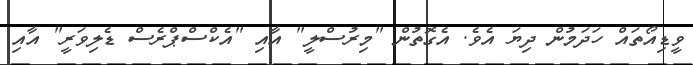
ވީޑިއޯތައް ހަދަމުން ދިޔަ އެވެ. އެގޮތުން "މިރުސްލީ" އާއި "އެކްސްޕްރެސް ޑެލިވަރީ" އާއި